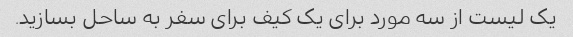
یک لیست از سه مورد برای یک کیف برای سفر به ساحل بسازید.